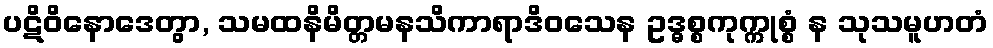
ပဋိဝိနောဒေတွာ, သမထနိမိတ္တမနသိကာရာဒိဝသေန ဥဒ္ဓစ္စကုက္ကုစ္စံ န သုသမူဟတံ